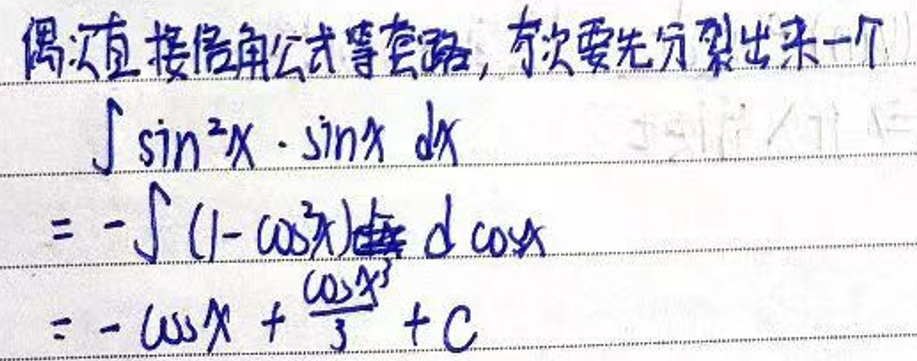
偶次直接倍角公式等套路，奇次要先分裂出来一个
\[
\begin{align*}
&\int\sin^{2}x\cdot\sin x\mathrm{d}x\\
=&-\int(1 - \cos^{2}x)\mathrm{d}\cos x\\
=&-\cos x+\frac{\cos^{3}x}{3}+C
\end{align*}
\]